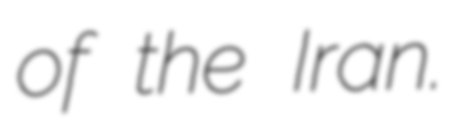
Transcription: of the Iran.